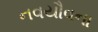
નવયૌવના